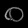
Digit: ၀